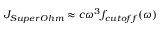
{ { J } _ { S u p e r O h m } } \approx c { { \omega } ^ { 3 } } { { f } _ { c u t o f f } } ( \omega )